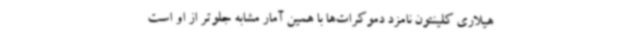
هیلاری کلینتون نامزد دموکرات‌ها با همین آمار مشابه جلوتر از او است